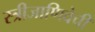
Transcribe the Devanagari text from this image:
स्त्रीजाणिवेची